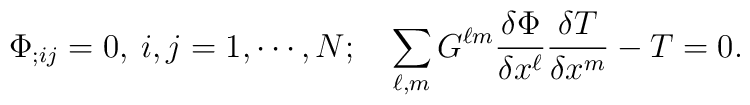
\Phi_{;ij}=0, \> i,j=1,\cdots, N;\quad\sum_{\ell,m}G^{\ell m } {{\delta \Phi} \over {\delta x^{\ell}}}{{\delta T} \over {\delta x^{m}}}  - T = 0.